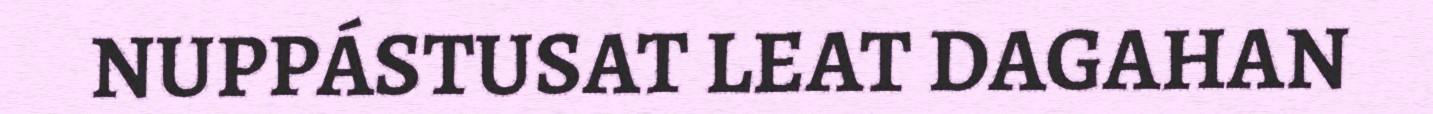
NUPPÁSTUSAT LEAT DAGAHAN